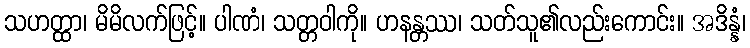
သဟတ္ထာ၊ မိမိလက်ဖြင့်။ ပါဏံ၊ သတ္တဝါကို။ ဟနန္တဿ၊ သတ်သူ၏လည်းကောင်း။ အဒိန္နံ၊